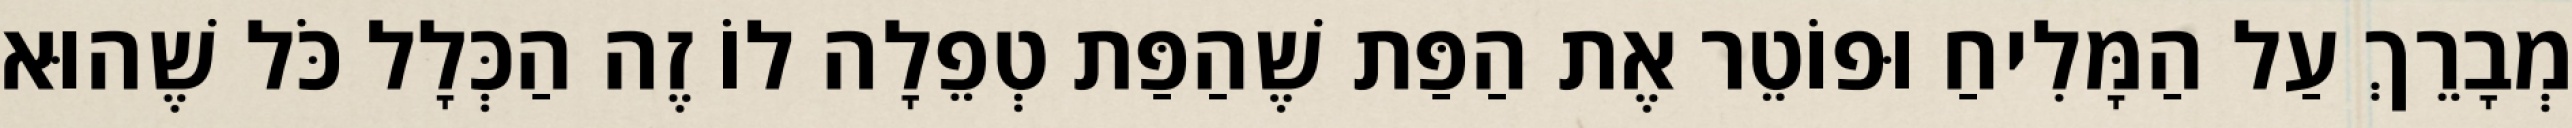
מְבָרֵךְ עַל הַמָּלִיחַ וּפוֹטֵר אֶת הַפַּת שֶׁהַפַּת טְפֵלָה לוֹ זֶה הַכְּלָל כֹּל שֶׁהוּא